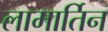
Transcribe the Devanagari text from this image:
लामार्तिन